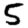
Digit: 5